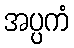
အပ္ပကံ